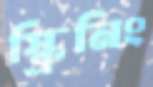
স্ক্রিনিং